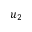
u _ { 2 }